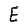
Character: E